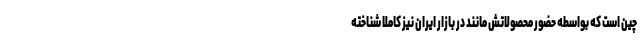
چین است که بواسطه حضور محصولاتش مانند در بازار ایران نیز کاملا شناخته